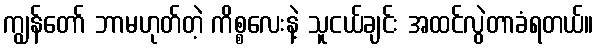
ကျွန်တော် ဘာမဟုတ်တဲ့ ကိစ္စလေးနဲ့ သူငယ်ချင်း အထင်လွဲတာခံရတယ်။